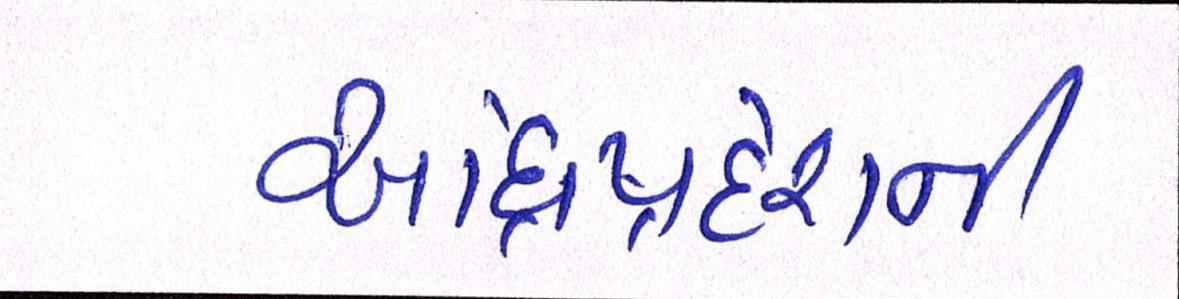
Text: આંધ્રપ્રદેશની